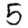
Digit: 5